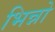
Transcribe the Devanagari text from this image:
भिन्नो